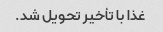
غذا با تأخیر تحویل شد.